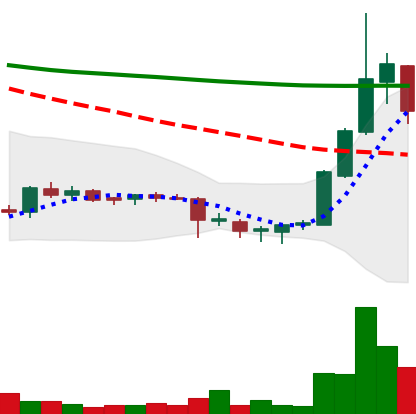
Ticker: DOGE-USD
Chart end date: 2018-07-20
Forward return: 3.9%
Label: up_3_5